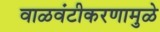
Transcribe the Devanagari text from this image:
वाळवंटीकरणामुळे